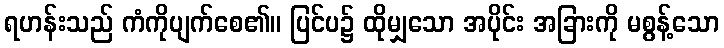
ရဟန်းသည် ကံကိုပျက်စေ၏။ ပြင်ပ၌ ထိုမျှသော အပိုင်း အခြားကို မစွန့်သော